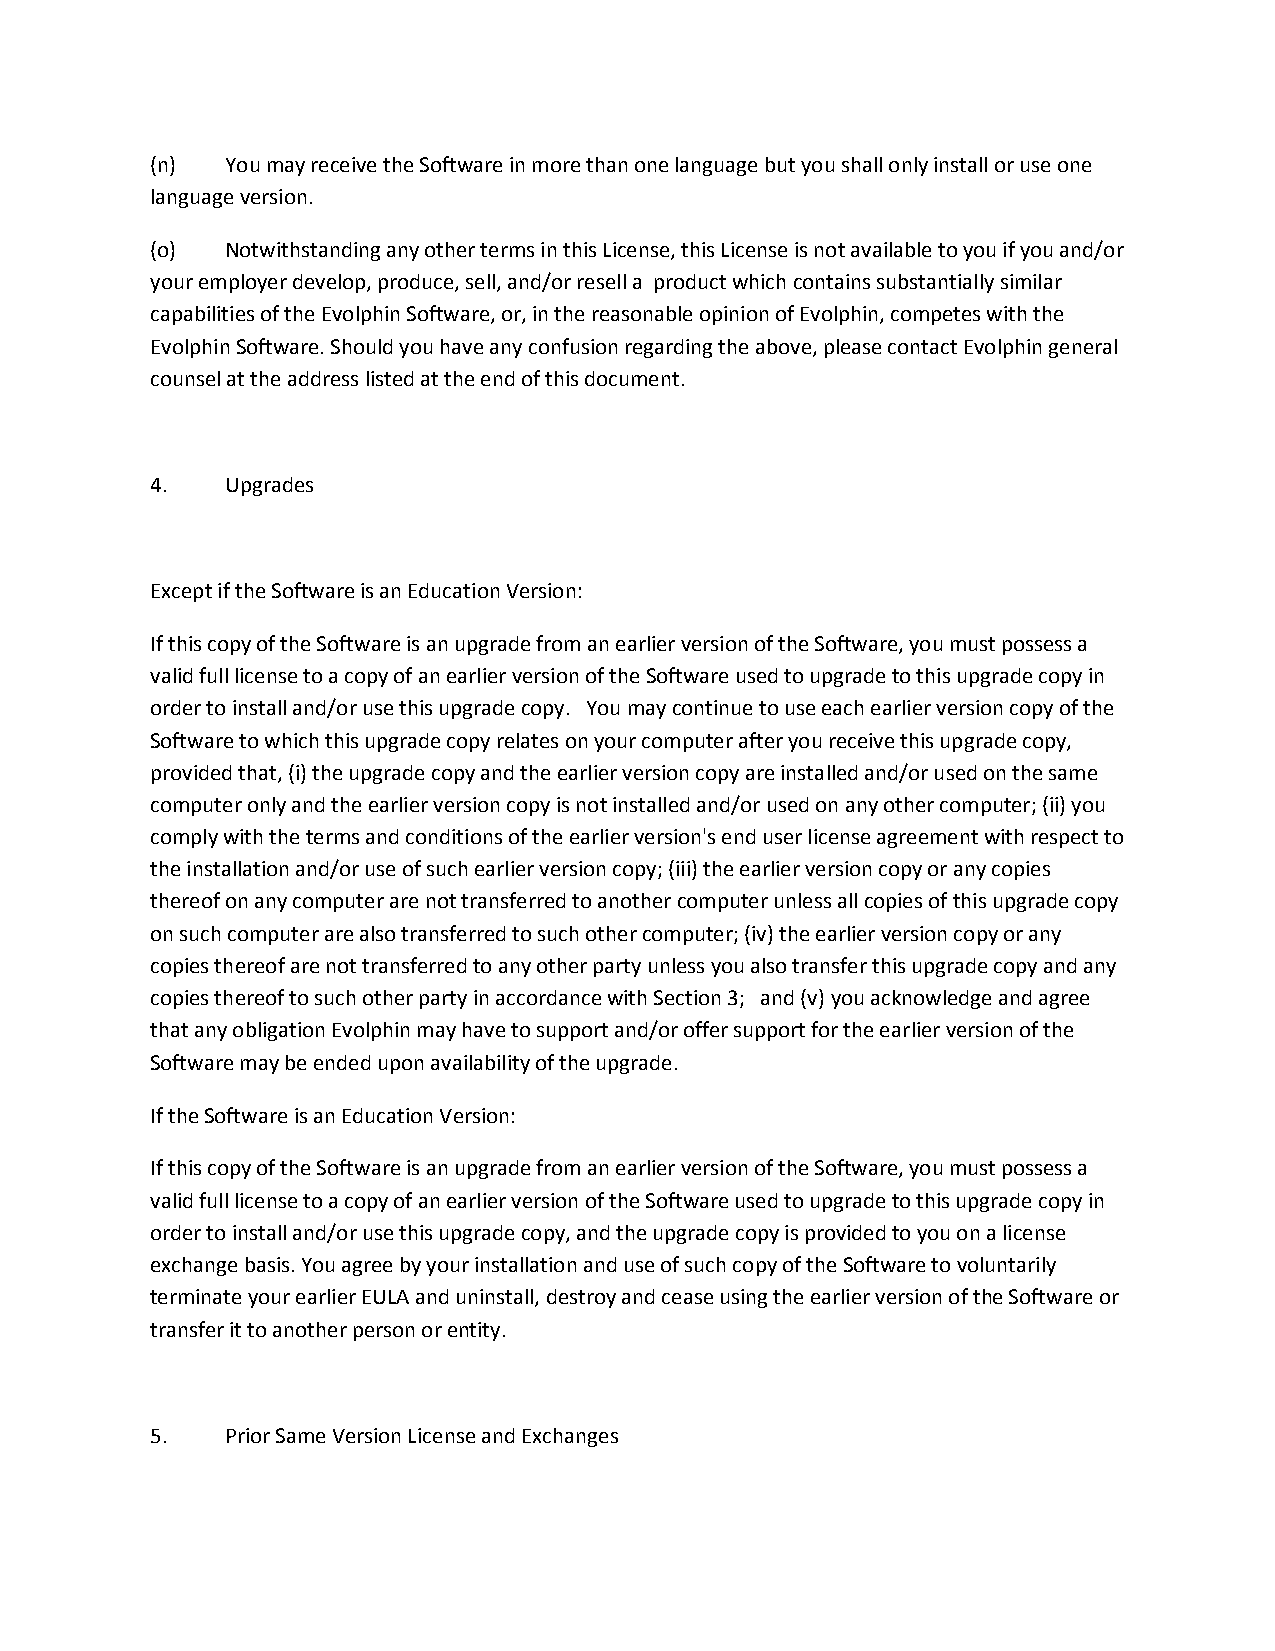
(n)  You may receive the Software in more than one language but you shall only install or use one
 language version.
 (o)  Notwithstanding any other terms in this License, this License is not available to you if you and/or
 your employer develop, produce, sell, and/or resell a product which contains substantially similar
 capabilities of the Evolphin Software, or, in the reasonable opinion of Evolphin, competes with the
 Evolphin Software. Should you have any confusion regarding the above, please contact Evolphin general
 counsel at the address listed at the end of this document.
 4.   Upgrades
 Except if the Software is an Education Version:
 If this copy of the Software is an upgrade from an earlier version of the Software, you must possess a
 valid full license to a copy of an earlier version of the Software used to upgrade to this upgrade copy in
 order to install and/or use this upgrade copy. You may continue to use each earlier version copy of the
 Software to which this upgrade copy relates on your computer after you receive this upgrade copy,
 provided that, (i) the upgrade copy and the earlier version copy are installed and/or used on the same
 computer only and the earlier version copy is not installed and/or used on any other computer; (ii) you
 comply with the terms and conditions of the earlier version's end user license agreement with respect to
 the installation and/or use of such earlier version copy; (iii) the earlier version copy or any copies
 thereof on any computer are not transferred to another computer unless all copies of this upgrade copy
 on such computer are also transferred to such other computer; (iv) the earlier version copy or any
 copies thereof are not transferred to any other party unless you also transfer this upgrade copy and any
 copies thereof to such other party in accordance with Section 3; and (v) you acknowledge and agree
 that any obligation Evolphin may have to support and/or offer support for the earlier version of the
 Software may be ended upon availability of the upgrade.
 If the Software is an Education Version:
 If this copy of the Software is an upgrade from an earlier version of the Software, you must possess a
 valid full license to a copy of an earlier version of the Software used to upgrade to this upgrade copy in
 order to install and/or use this upgrade copy, and the upgrade copy is provided to you on a license
 exchange basis. You agree by your installation and use of such copy of the Software to voluntarily
 terminate your earlier EULA and uninstall, destroy and cease using the earlier version of the Software or
 transfer it to another person or entity.
 5.   Prior Same Version License and Exchanges